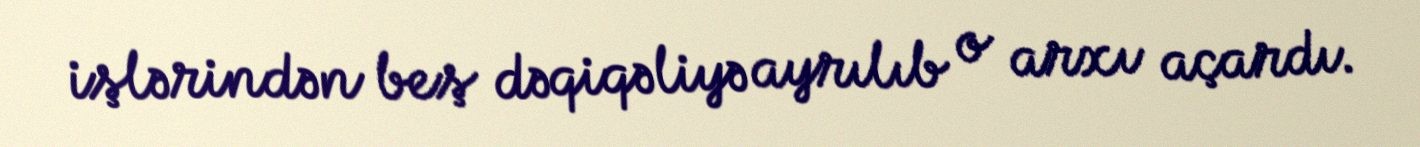
işlərindən beş dəqiqəliyə ayrılıb o arxı açardı.